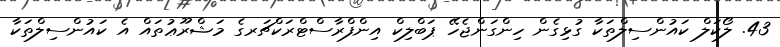
43. ލޯކަލް ކައުންސިލްތަކާ ގުޅިގެން ހިންގަންޖެހޭ ޕަބްލިކް އިންފްރާސްޓްރަކްޗަރގެ މަޝްރޫޢުތައް އެ ކައުންސިލްތަކާ